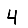
Digit: 4